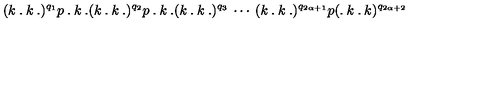
( k \: . \: k \: . ) ^ { q _ { 1 } } p \: . \: k \: . ( k \: . \: k \: . ) ^ { q _ { 2 } } p \: . \: k \: . ( k \: . \: k \: . ) ^ { q _ { 3 } } \: \cdots \: ( k \: . \: k \: . ) ^ { q _ { 2 \alpha + 1 } } p ( . \: k \: . \: k ) ^ { q _ { 2 \alpha + 2 } }